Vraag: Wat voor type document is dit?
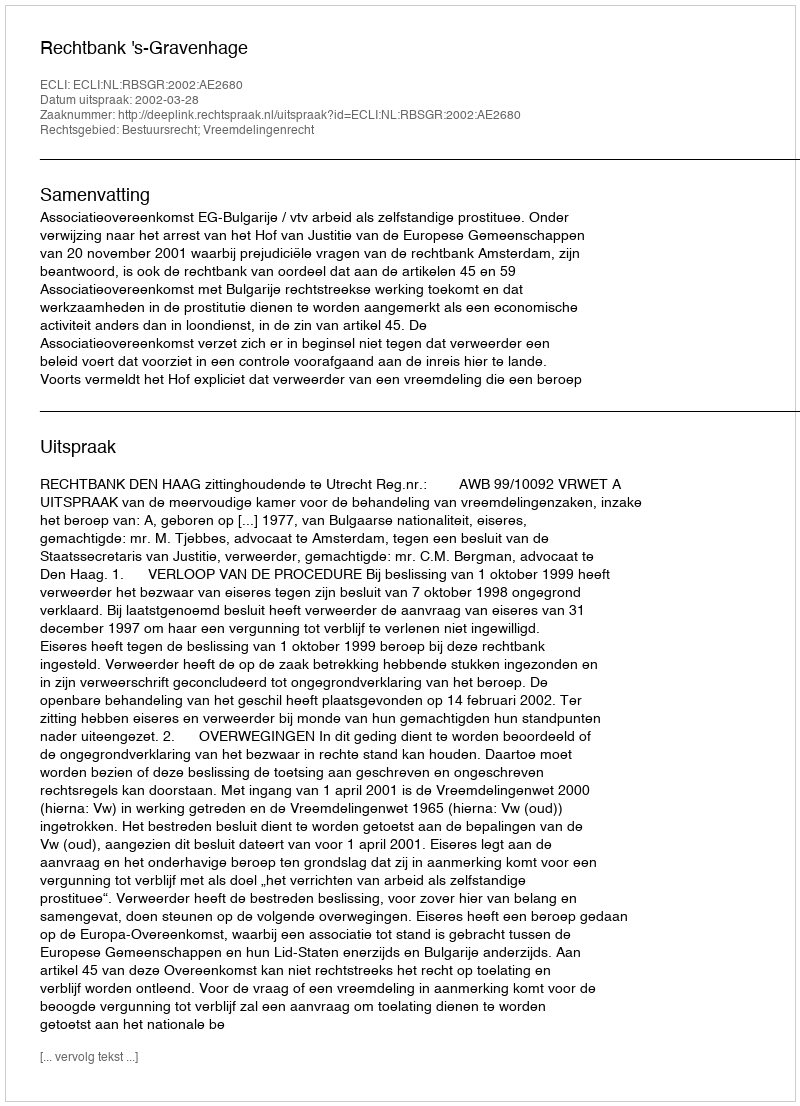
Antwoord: Uitspraak